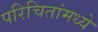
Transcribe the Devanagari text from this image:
परिचितांमध्ये